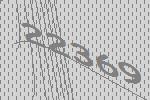
22369